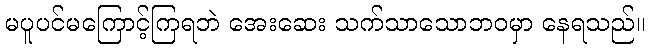
မပူပင်မကြောင့်ကြရဘဲ အေးဆေး သက်သာသောဘဝမှာ နေရသည်။